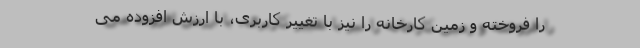
را فروخته و زمین کارخانه را نیز با تغییر کاربری، با ارزش افزوده می